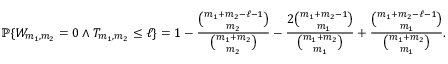
{ \mathbb { P } } \{ W _ { m _ { 1 } , m _ { 2 } } = 0 \wedge T _ { m _ { 1 } , m _ { 2 } } \le \ell \} = 1 - \frac { \binom { m _ { 1 } + m _ { 2 } - \ell - 1 } { m _ { 2 } } } { \binom { m _ { 1 } + m _ { 2 } } { m _ { 2 } } } - \frac { 2 \binom { m _ { 1 } + m _ { 2 } - 1 } { m _ { 1 } } } { \binom { m _ { 1 } + m _ { 2 } } { m _ { 1 } } } + \frac { \binom { m _ { 1 } + m _ { 2 } - \ell - 1 } { m _ { 1 } } } { \binom { m _ { 1 } + m _ { 2 } } { m _ { 1 } } } .